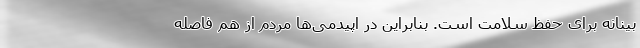
بینانه برای حفظ سلامت است. بنابراین در اپیدمی‌ها مردم از هم فاصله